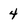
Character: 4